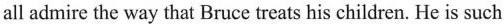
We all admire the way that Bruce treats his children. He is such